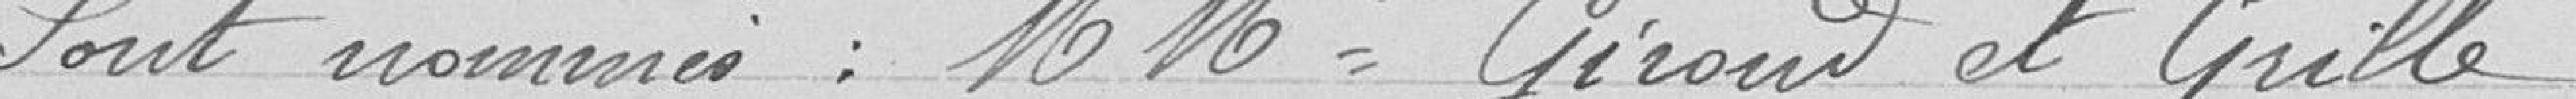
Sont nommés : messieurs Giroud et Grille